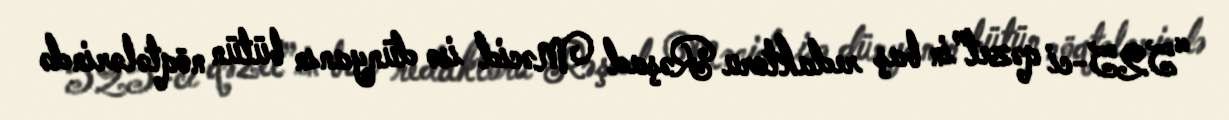
“525-ci qəzet”in baş redaktoru Rəşad Məcid isə dünyanın bütün nöqtələrində